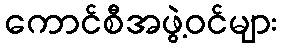
ကောင်စီအဖွဲ့ဝင်များ